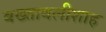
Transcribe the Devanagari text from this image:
बख्ताबलीशाह